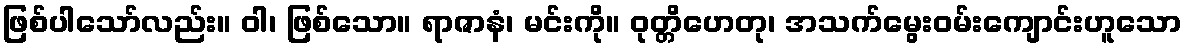
ဖြစ်ပါသော်လည်း။ ဝါ၊ ဖြစ်သော။ ရာဇာနံ၊ မင်းကို။ ဝုတ္တိဟေတု၊ အသက်မွေးဝမ်းကျောင်းဟူသော